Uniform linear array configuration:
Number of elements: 12
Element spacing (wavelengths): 0.5
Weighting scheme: blackman
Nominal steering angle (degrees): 45
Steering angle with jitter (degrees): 44.02
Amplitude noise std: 0.05
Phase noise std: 0.05

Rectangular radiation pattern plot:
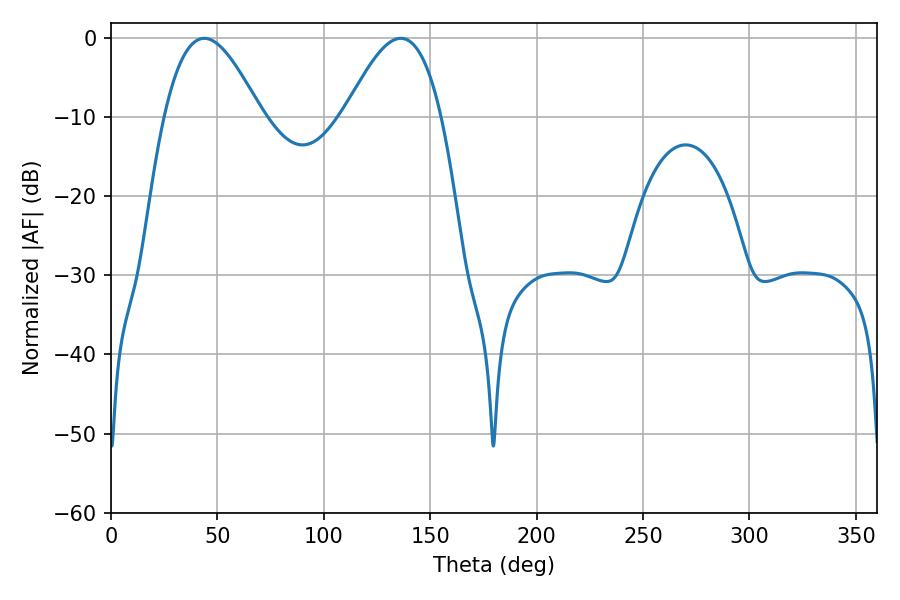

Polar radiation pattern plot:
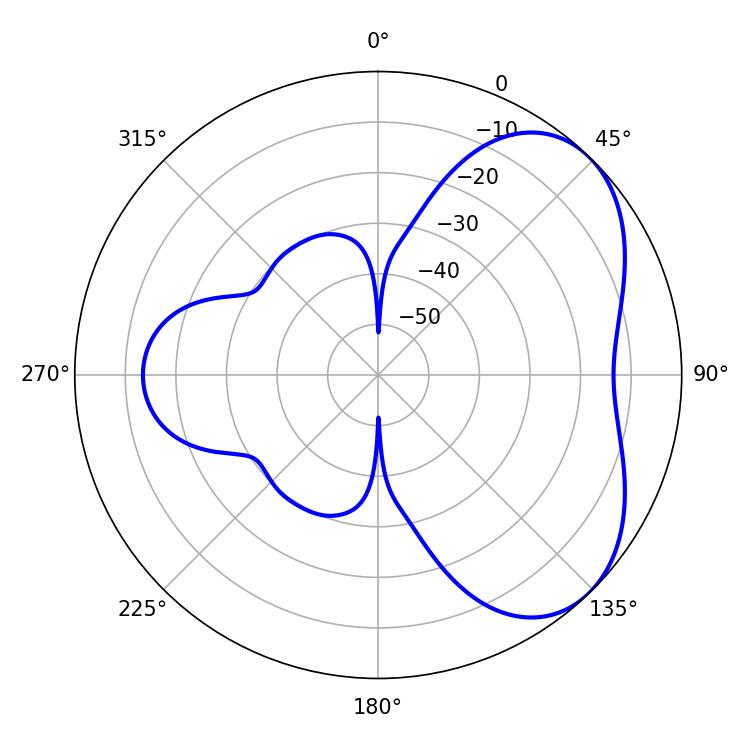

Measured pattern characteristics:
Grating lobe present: FALSE
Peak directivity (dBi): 4.765
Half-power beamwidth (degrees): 24.66
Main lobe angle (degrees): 43.74